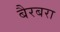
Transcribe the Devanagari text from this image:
बैरबरा